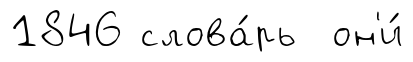
1846 слова́рь он'и́